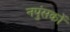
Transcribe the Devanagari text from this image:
नपुंसकों